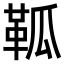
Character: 䩝